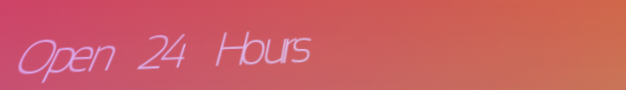
Open 24 Hours